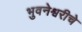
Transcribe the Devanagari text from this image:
भुवनेश्वरीचे